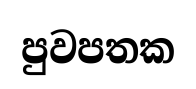
පුවපතක